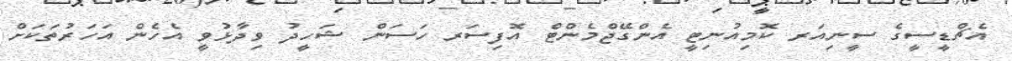
އެޗްޑީސީގެ ސީނިއަރ ކޮމިއުނިޓީ އެންގޭޖްމެންޓް އޮފިސަރ ހަސަން ޝަހީދު ވިދާޅުވީ އެހެން އަހަރުތަކަށް